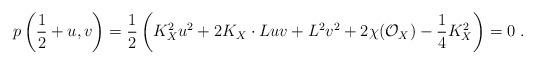
LaTeX: \begin{align*} p\left(\frac{1}{2}+u,v\right)= \frac{1}{2} \left( K_X^2 u^2 + 2K_X \cdot L uv + L^2 v^2 + 2\chi(\mathcal O_X)-\frac{1}{4}K_X^2 \right)= 0\ . \end{align*}